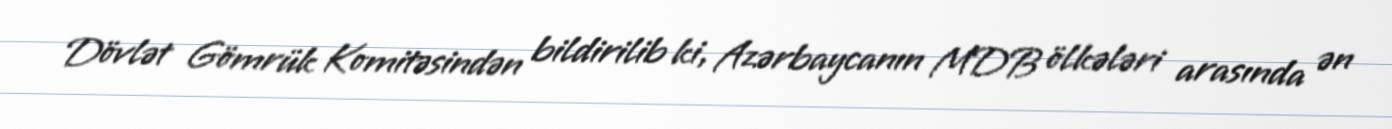
Dövlət Gömrük Komitəsindən bildirilib ki, Azərbaycanın MDB ölkələri arasında ən